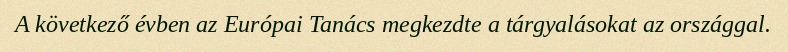
A következő évben az Európai Tanács megkezdte a tárgyalásokat az országgal.